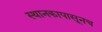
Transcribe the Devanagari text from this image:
स्थानकापासूनच